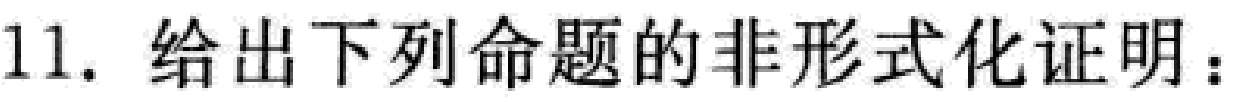
11. 给出下列命题的非形式化证明：